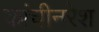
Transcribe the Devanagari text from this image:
कांचीनरेश